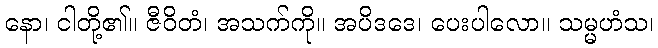
နော၊ ငါတို့၏။ ဇီဝိတံ၊ အသက်ကို။ အပိဒဒေ၊ ပေးပါလော။ သမ္မဟံသ၊